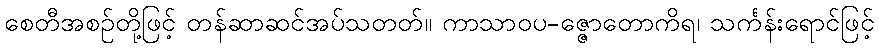
စေတီအစဉ်တို့ဖြင့် တန်ဆာဆင်အပ်သတတ်။ ကာသာဝပ-ဇ္ဇောတောကိရ၊ သင်္ကန်းရောင်ဖြင့်